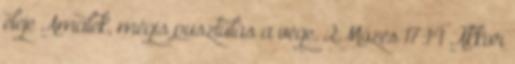
eleje Amalek, mégis pusztulás a vége. 2Mózes 17:14 Akkor